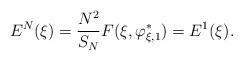
LaTeX: \begin{align*}E_{}^N(\xi) &= \frac{N^2}{S_N} F(\xi, \varphi_{\xi, 1}^*) = E_{}^1(\xi).\end{align*}